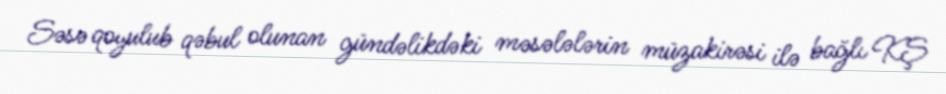
Səsə qoyulub qəbul olunan gündəlikdəki məsələlərin müzakirəsi ilə bağlı KŞ